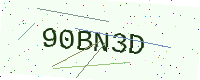
Text: 90BN3D